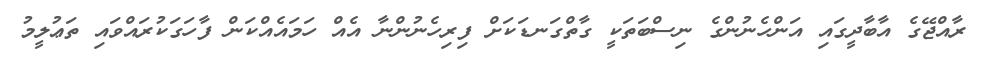
ރާއްޖޭގެ އާބާދީގައި އަންހެނުންގެ ނިސްބަތަކީ ގާތްގަނޑަކަށް ފިރިހެނުންނާ އެއް ހަމައެއްކަން ފާހަގަކުރައްވައި ތަޢުލީމު